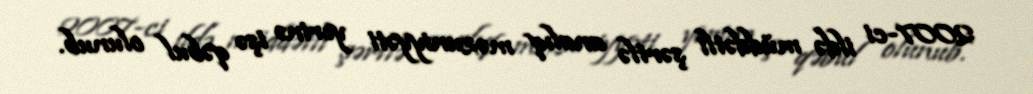
2007-ci ildə müddətli şərtlə analıq məzuniyyəti yerinə işə qəbul olunub.